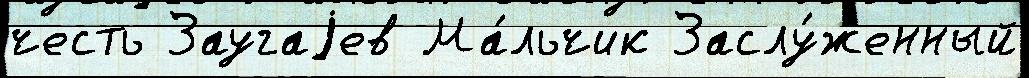
честь Заугаjев Ма́льчик Заслу́женный